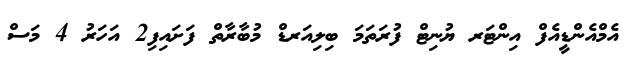
އެމްއެންޑީއެފް އިންޓަރ ޔުނިޓް ފުރަތަމަ ބިލިއަރޑް މުބާރާތް ފަށައިފި2 އަހަރު 4 މަސް